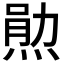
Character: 𬊫